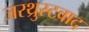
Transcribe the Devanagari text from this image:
जरथ्रुस्टवाद